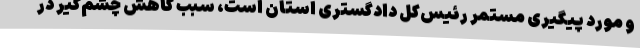
و مورد پیگیری مستمر رئیس‌کل دادگستری استان است، سبب کاهش چشم‌گیر در